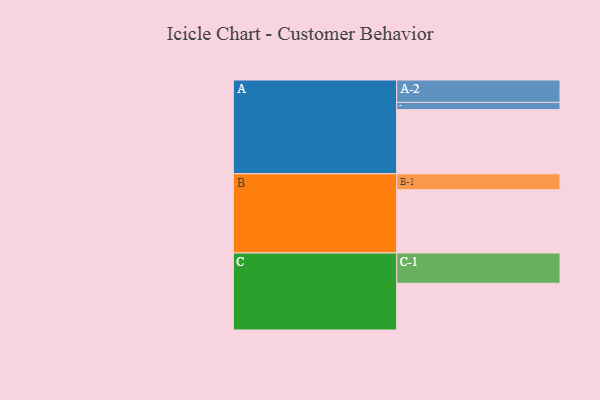
{"axis": {"x": "Segment", "y": "Value"}, "legend": ["", "A", "B", "C"], "data": [{"x": "A", "y": 470, "type": ""}, {"x": "B", "y": 463, "type": ""}, {"x": "C", "y": 342, "type": ""}, {"x": "A-1", "y": 53, "type": "A"}, {"x": "A-2", "y": 164, "type": "A"}, {"x": "B-1", "y": 117, "type": "B"}, {"x": "C-1", "y": 222, "type": "C"}]}